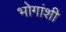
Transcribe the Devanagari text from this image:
भोगांशी